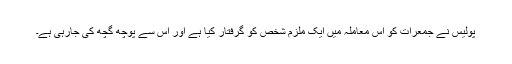
پولیس نے جمعرات کو اس معاملہ میں ایک ملزم شخص کو گرفتار کیا ہے اور اس سے پوچھ گچھ کی جارہی ہے۔